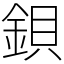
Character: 鋇